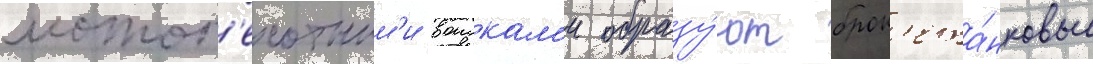
мотоп'ехотным'и воискам'и образу́ют брон'ета́нковые